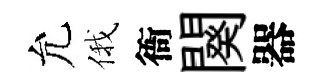
允俄衙闋器